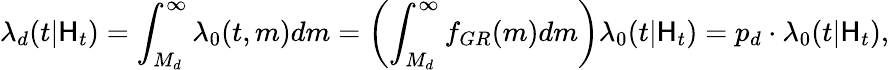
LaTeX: \lambda_{d}(t|\mathsf{H}_{t})=\int_{M_{d}}^{\infty}\lambda_{0}(t,m)dm=\left(\int_{M_{d}}^{\infty}f_{GR}(m)dm\right)\lambda_{0}(t|\mathsf{H}_{t})=p_{d}\cdot\lambda_{0}(t|\mathsf{H}_{t}),